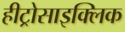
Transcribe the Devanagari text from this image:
हीट्रोसाइक्लिक